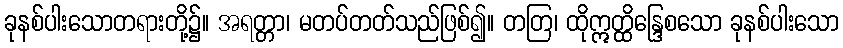
ခုနစ်ပါးသောတရားတို့၌။ အရတ္တာ၊ မတပ်တတ်သည်ဖြစ်၍။ တတြ၊ ထိုဣတ္ထိန္ဒြေစသော ခုနစ်ပါးသော